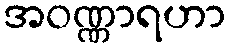
အဝဏ္ဏာရဟာ